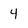
Character: 4